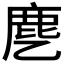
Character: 𬸺